V__Kingissepa_nim__kolhoos, lk 85
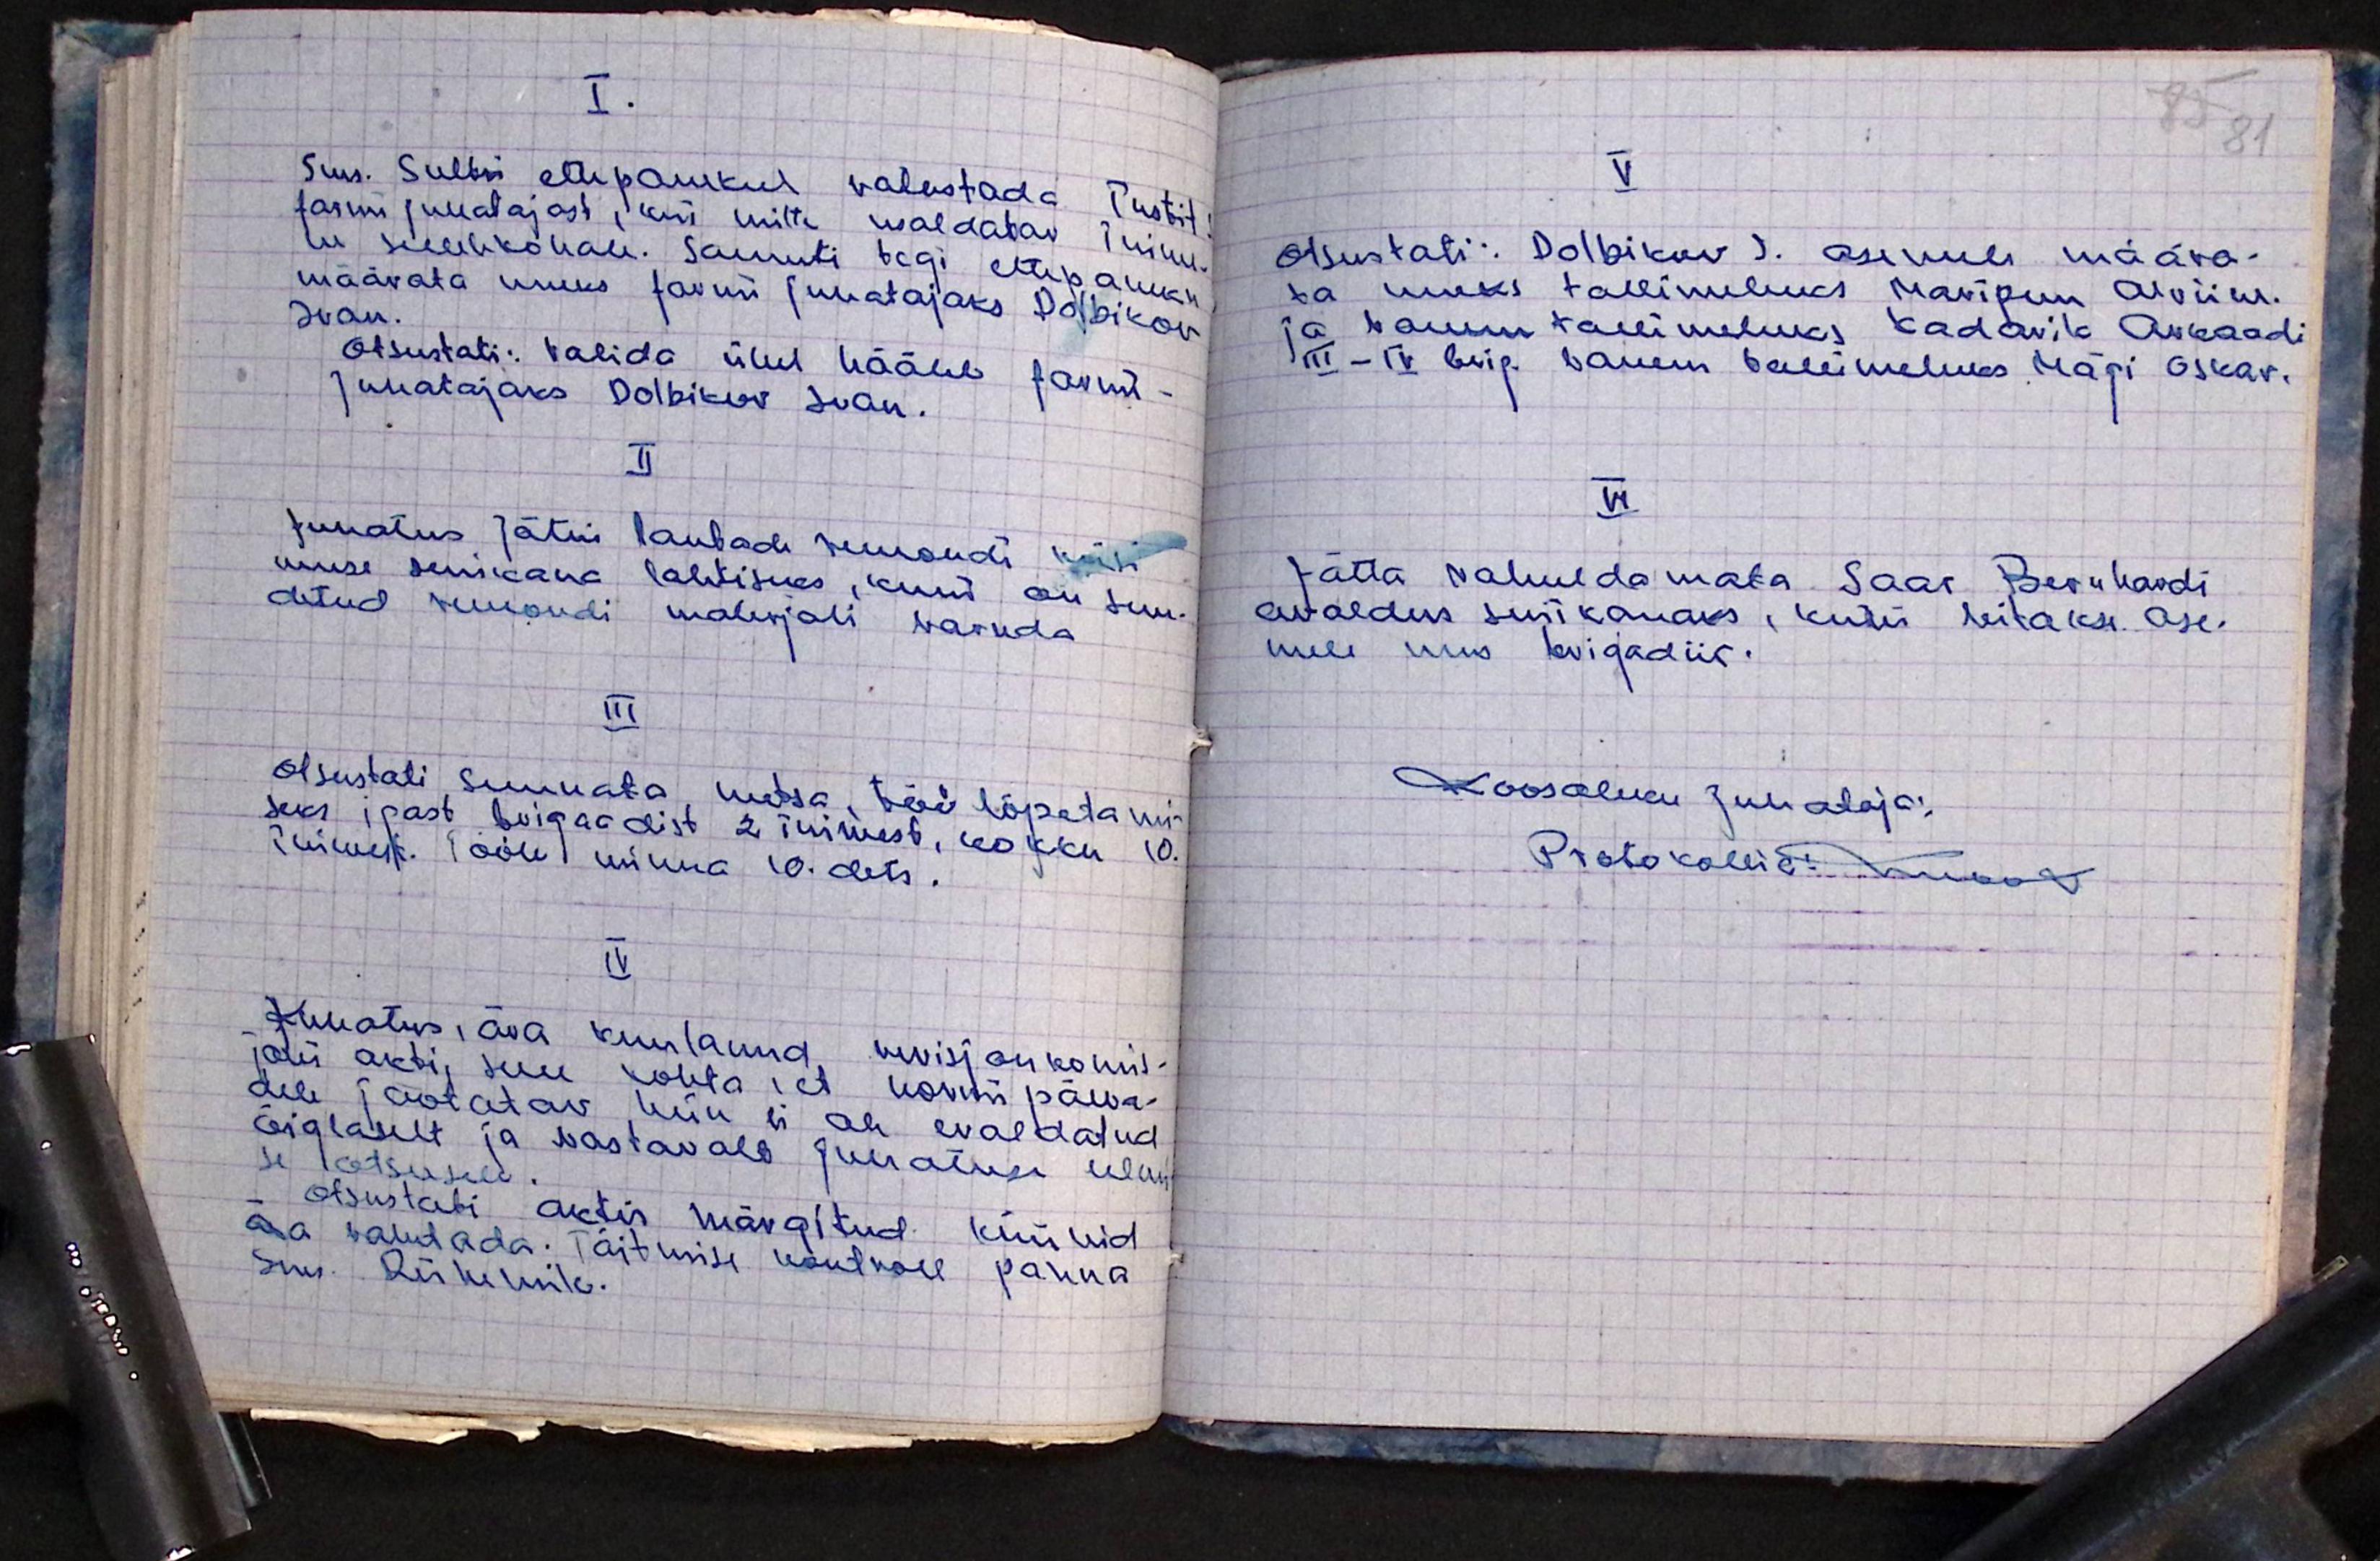
I.
Sms. Sultsi elupanekul vabastada Tustit
farmi juhatajast, kui mitte usaldatav inime-
ne sellele kohale. Samuti tegi ettepaneku
määrata uueks farmi juhatajaks Dolbikov
Ivan.
otsustati: Valida ühel häälel farmi-
juhatajaks Dolbikov Ivan.
II
Juhatus jätis lautade remondi küsi-
muse senikaua lahtiseks, kuni on suu-
detud remondi materjali varuda.
III
Otsustati suunata metsa, töö lõpetami-
seks igast brigadiist 2 inimest, kokku 10.
inimest. Tööle minna 10. dets.
IV
Juhatus, ära kuulanud revisjon komis-
joni akti, selle kohta, et normipäeva-
dele jaotatav hein ei ole eraldatud
õiglaselt ja vastavalt juhatuse ülem
se otsusele.
Otsustati aktis märgitud küünid
Ära kasutada. Täitmise kontroll panna
sms. Rükumile.

85 81
V.
Otsustati: Dolbikuv J. asemele määra-
ta uueks tallimeheks Maripuu Alviine.
ja vanem tallimeheks Kadarik Arkaadi
III-IV brig. vanem tallimeheks Mägi Oskar.
VII
jätta rahuldamata Saar Bernhardi
avaldus senikauaks, kuni leitakse ase-
mele uus brigadiir.
Koosoleku juhataja:
Protokollia: Mook